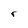
Character: r